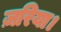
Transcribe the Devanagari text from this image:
ज़रिया।